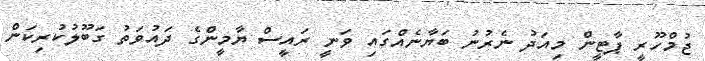
ޖުމްހޫރީ ޕާޓީން މިއަދު ނެރުނު ބަޔާނެއްގައި ވަނީ ރައީސް ޔާމީންގެ ދައުވަތު ގަބޫލުކުރިކަން